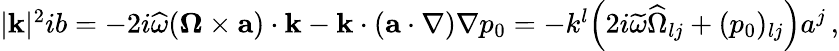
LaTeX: \begin{array}{r}{|{\mathbf{k}}|^{2}ib=-2i\widehat{\omega}(\boldsymbol{\Omega}\times{\mathbf{a}})\cdot{\mathbf{k}}-{\mathbf{k}}\cdot({\mathbf{a}}\cdot\nabla)\nabla p_{0}=-k^{l}\Big(2i\widetilde{\omega}\widehat{\Omega}_{lj}+(p_{0})_{lj}\Big)a^{j}\, ,}\end{array}